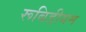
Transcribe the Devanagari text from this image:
रूबिडीयम